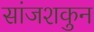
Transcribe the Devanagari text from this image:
सांजशकुन